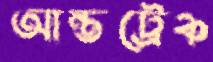
আন্তট্রেঞ্চ